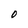
Character: 0